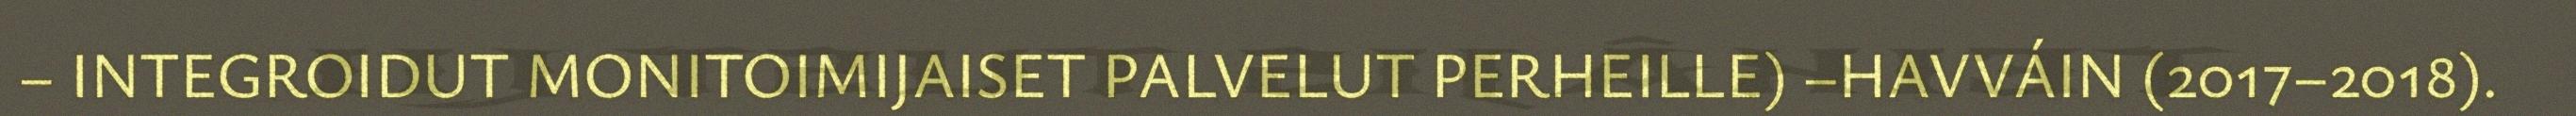
– INTEGROIDUT MONITOIMIJAISET PALVELUT PERHEILLE) –HAVVÁIN (2017–2018).